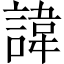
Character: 諱